Indian Medical Review
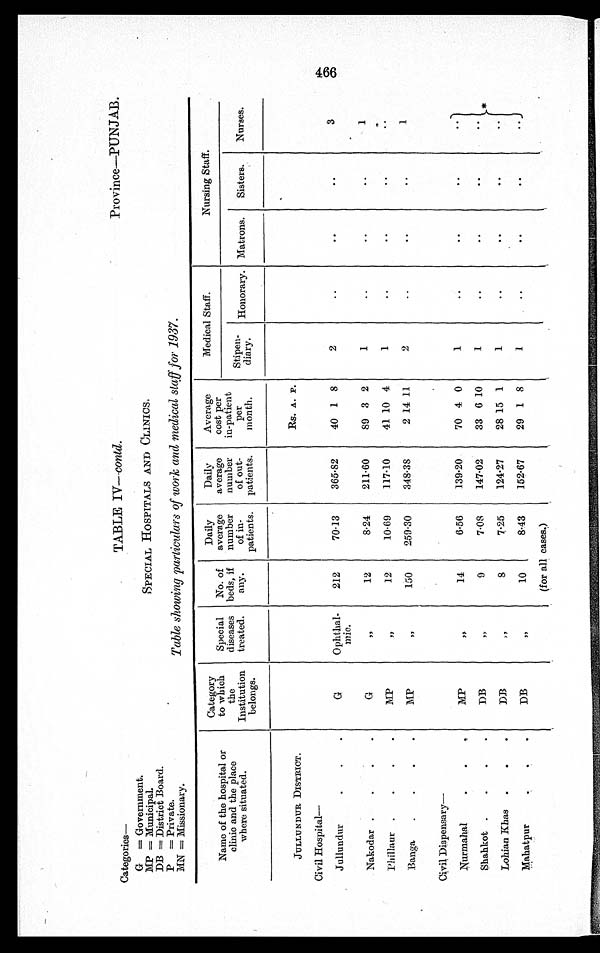
Categories—
G= Government.
MP =Municipal.
DB= District Board.
P =Private.
MN= Missionary.
TABLE IV—contd.
Province—PUNJAB.
SPECIAL HOSPITALS AND CLINICS.
Table showing particulars of work and medical staff for 1937.
Name of the hospital or
clinic and the place
where situated.
Category
to which
the
Institution
belongs.
Special
diseases
treated.
No. of
beds, if
any.
Daily
average
number
of in-
patients.
Daily
average
number
of out-
patients.
Average
cost per
in-patient
per
month.
Medical Staff.
Nursing Staff.
Stipen-
diary.
Honorary. Matrons.
Sisters.
Nurses.
JULLUNDUR DISTRICT.
RS. A. P.
Civil Hospital
—
Jullundur . . .
G
Ophthal-
mic.
212
70.13
365.82
40 1 8
2
..
..
..
3
Nakodar .
.
.
.
G
,,
12
8.24
211.60
89 3 2
1
..
..
..
1
Phillaur .
. . .
MP
, ,
12
10.69
117.10
41 10 4
1
..
..
..
..
Banga
.
.
. .
MP
„
150
259.30
348.38
2 14 11
2
..
..
..
1
Civil Dispensary
—
Nurmahal
.
.
.
MP
,,
14
6.56
139.20
70 4 0
1
..
..
..
. .
Shahkot .
.
.
.
DB
, ,
9
7.08
147.02
33 6 10
1
..
..
..
. .
Lohian Khas .
.
.
D B
„
8
7.25
124.27
28 15 1
1
..
..
..
. .
Mahatpur
DB
, ,
10
8.43
152.67
29 1 8
1
..
..
..
. .
(for all cases.)